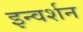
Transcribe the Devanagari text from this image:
इन्वर्शन